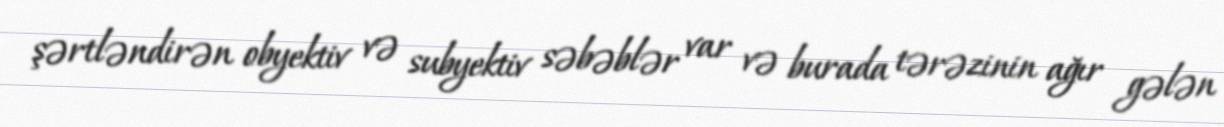
şərtləndirən obyektiv və subyektiv səbəblər var və burada tərəzinin ağır gələn